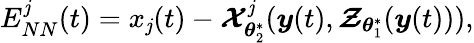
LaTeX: E_{NN}^{\mathit{j}}(t)=x_{\mathit{j}}(t)-\boldsymbol{\mathcal{{X}}}_{\boldsymbol{\theta}_{2}^{\ast}}^{\mathit{j}}(\boldsymbol{y}(t),\boldsymbol{\mathcal{{Z}}}_{\boldsymbol{\theta}_{1}^{\ast}}(\boldsymbol{y}(t))),